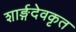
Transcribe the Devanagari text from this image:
शार्ङ्गदेवकृत